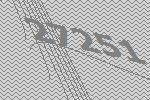
27251